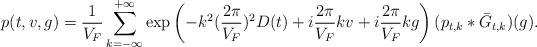
LaTeX: \begin{align*}p(t,v,g)=\frac{1}{V_F}\sum_{k=-\infty}^{+\infty}\exp\left(-k^2(\frac{2\pi}{V_F})^2D(t)+i\frac{2\pi}{V_F}kv+i\frac{2\pi}{V_F}kg\right)(p_{t,k}*\bar{G}_{t,k})(g).\end{align*}